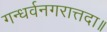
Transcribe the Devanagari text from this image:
गन्धर्वनगरात्तदा॥